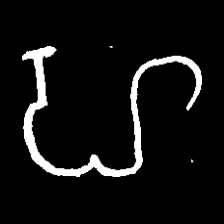
Pyu character \u2014 Myanmar letter: ဟ (romanized: ha)